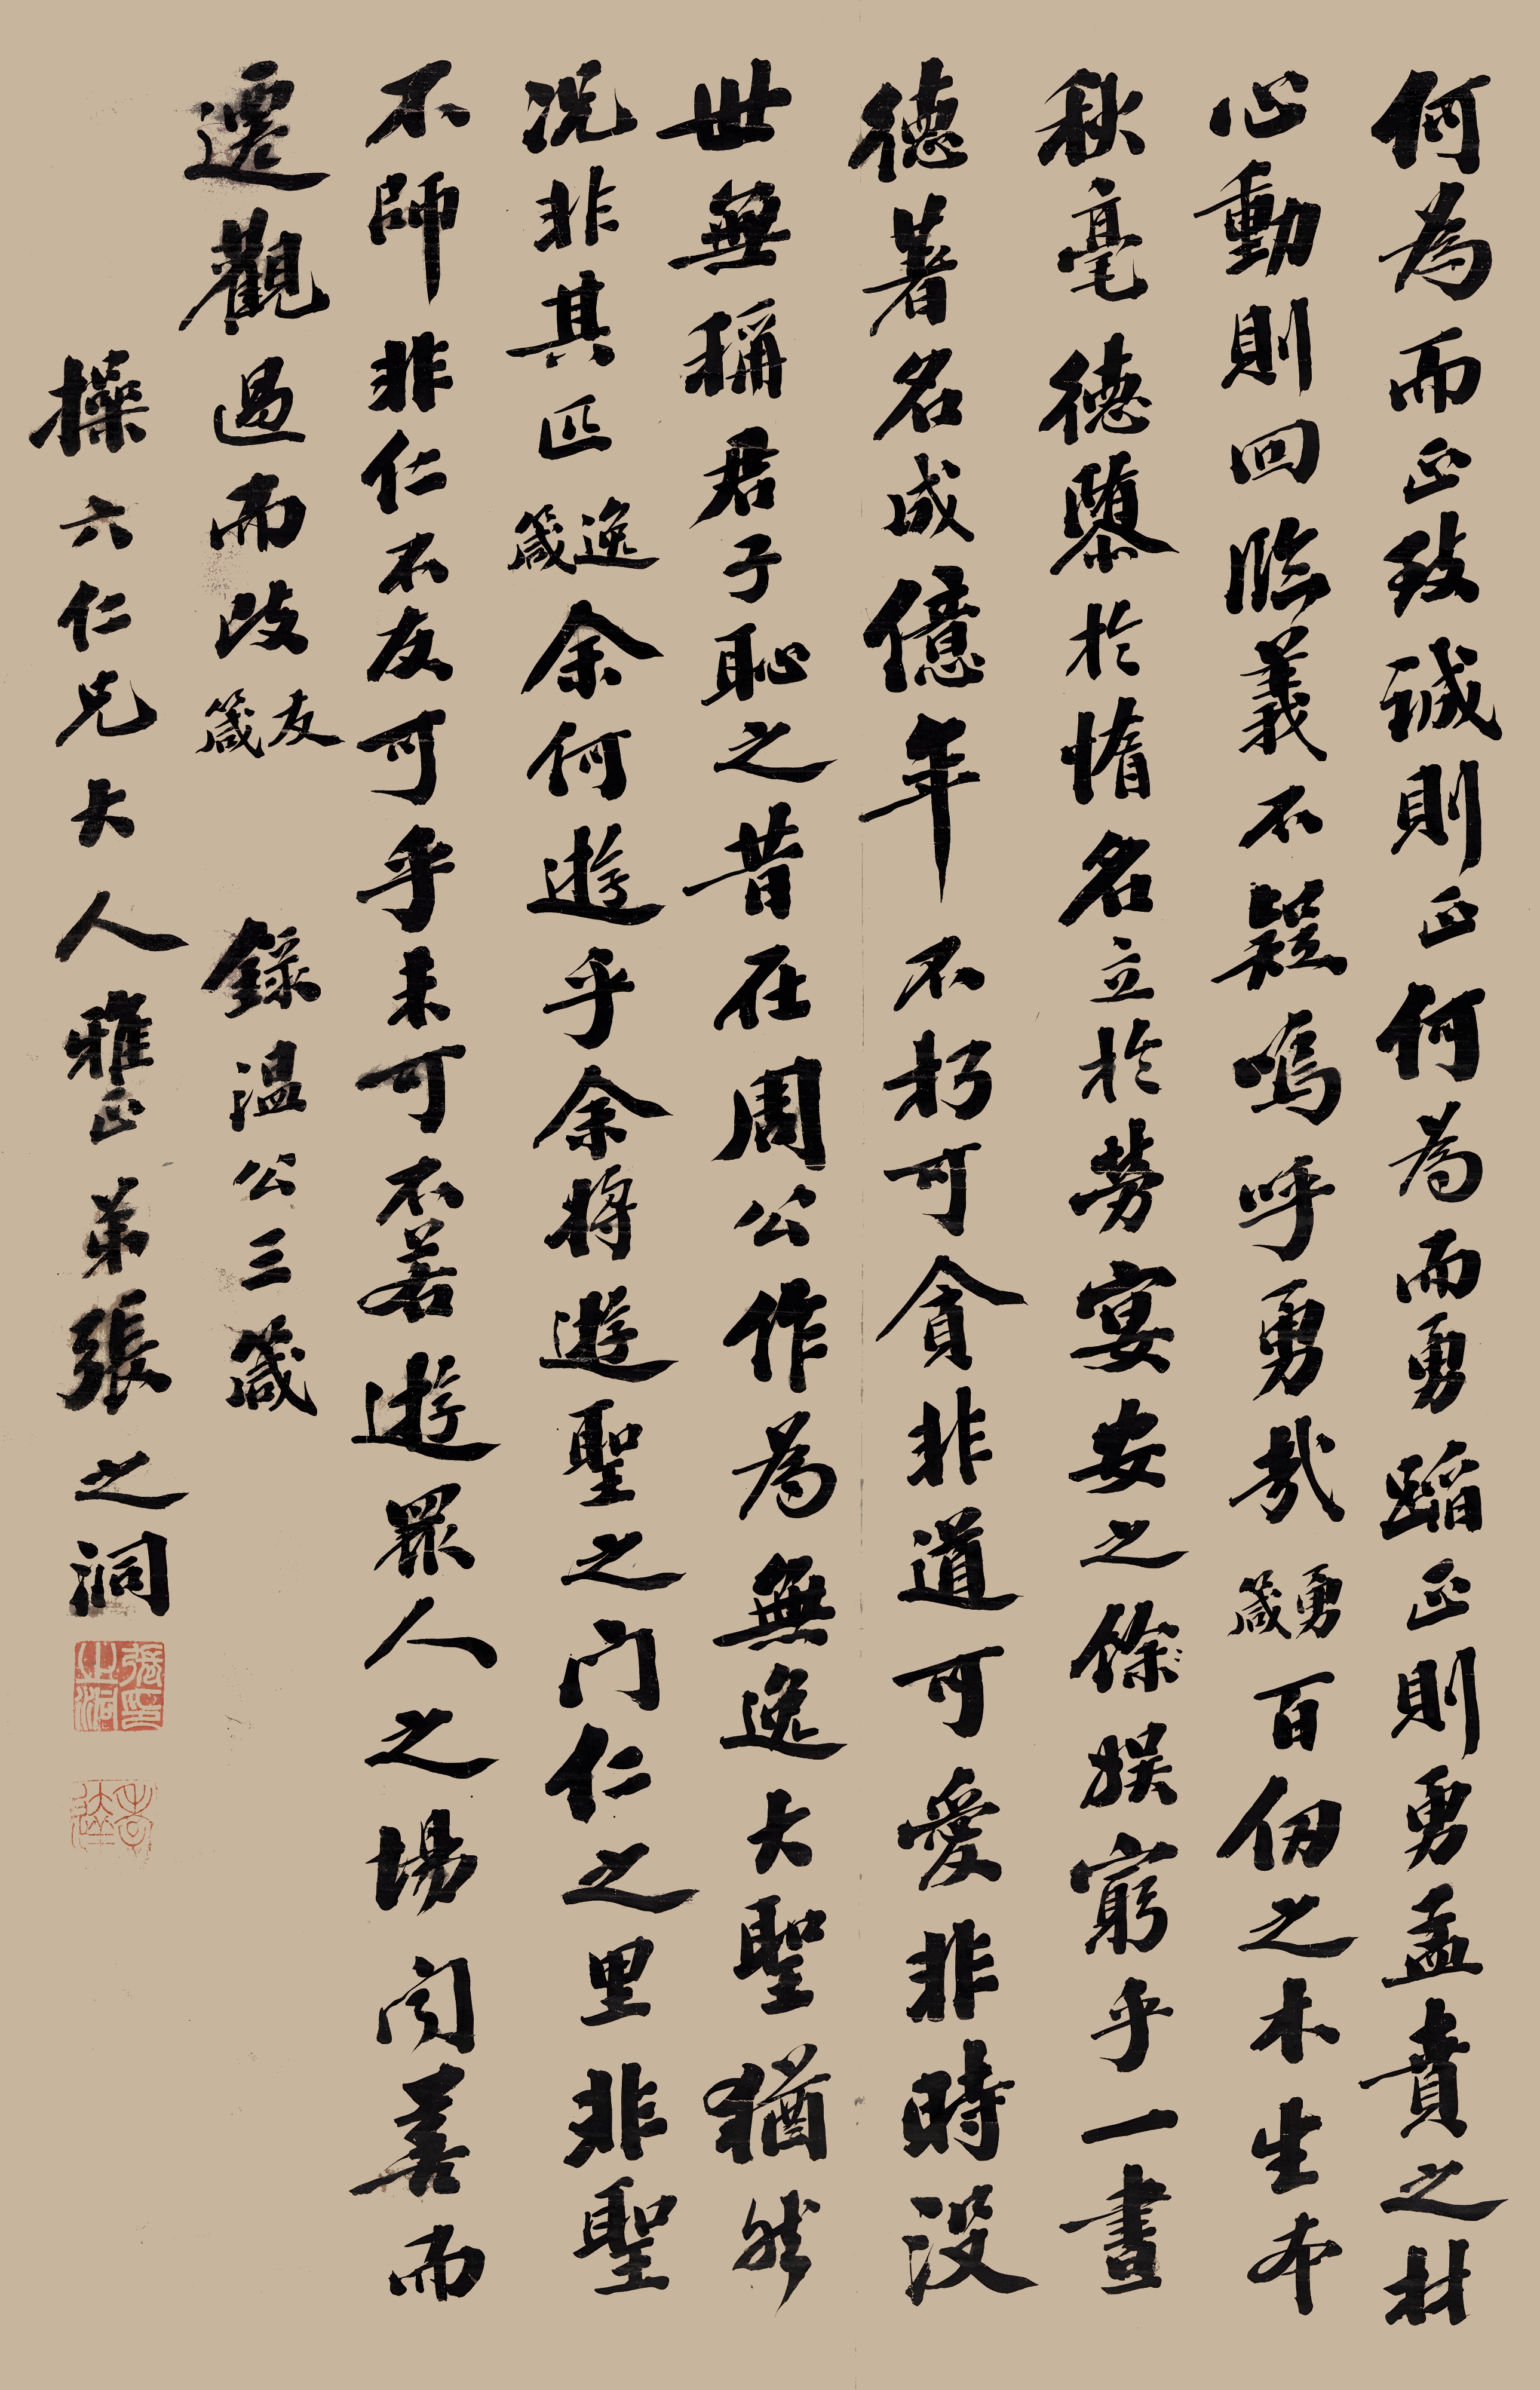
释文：何为而正，致诚则正，何为而勇，蹈正则勇，孟贲之材，心动则回，临义不疑，呜呼勇哉。（《勇箴》）
百仞之木，生本秋毫。德隳于惰，名立于劳。宴安之娱，穷乎一昼。德著名成，亿年不朽。可贪非道，可爱非时。没世无称，君子耻之。昔在周公，作为《无逸》，大圣犹然，况非其匹?（《逸箴》）
余何游乎?余将游圣之门，仁之里。非圣不师，非仁不友，可乎?未可!不若游众人之场，闻善而迁，观过而改。（《友箴》)录温公三箴。操六仁兄大人雅正。弟张之洞。